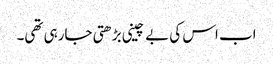
اب اس کی بے چینی بڑھتی جارہی تھی۔